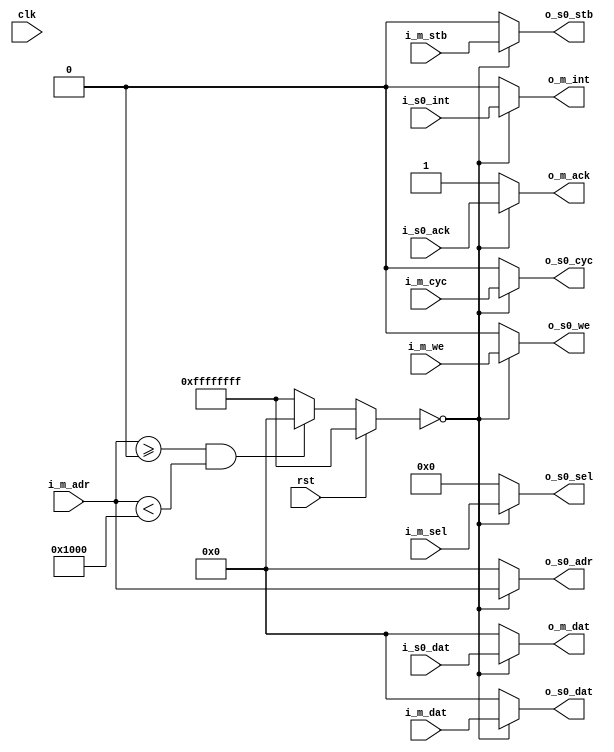
// This program was cloned from: https://github.com/CospanDesign/nysa-verilog
// License: MIT License

//wishbone_interconnect.v
/*
Distributed under the MIT licesnse.
Copyright (c) 2011 Dave McCoy (dave.mccoy@cospandesign.com)

Permission is hereby granted, free of charge, to any person obtaining a copy of
this software and associated documentation files (the "Software"), to deal in
the Software without restriction, including without limitation the rights to
use, copy, modify, merge, publish, distribute, sublicense, and/or sell copies
of the Software, and to permit persons to whom the Software is furnished to do
so, subject to the following conditions:

The above copyright notice and this permission notice shall be included in all
copies or substantial portions of the Software.

THE SOFTWARE IS PROVIDED "AS IS", WITHOUT WARRANTY OF ANY KIND, EXPRESS OR
IMPLIED, INCLUDING BUT NOT LIMITED TO THE WARRANTIES OF MERCHANTABILITY,
FITNESS FOR A PARTICULAR PURPOSE AND NONINFRINGEMENT. IN NO EVENT SHALL THE
AUTHORS OR COPYRIGHT HOLDERS BE LIABLE FOR ANY CLAIM, DAMAGES OR OTHER
LIABILITY, WHETHER IN AN ACTION OF CONTRACT, TORT OR OTHERWISE, ARISING FROM,
OUT OF OR IN CONNECTION WITH THE SOFTWARE OR THE USE OR OTHER DEALINGS IN THE
SOFTWARE.
*/


`timescale 1 ns/1 ps

module wishbone_mem_interconnect (
	clk,
	rst,

	i_m_we,
	i_m_cyc,
	i_m_stb,
	i_m_sel,
	o_m_ack,
	i_m_dat,
	o_m_dat,
	i_m_adr,
	o_m_int,

	o_s0_we,
	o_s0_cyc,
	o_s0_stb,
	o_s0_sel,
	i_s0_ack,
	o_s0_dat,
	i_s0_dat,
	o_s0_adr,
	i_s0_int


);


localparam MEM_SEL_0    = 0;
localparam MEM_OFFSET_0 = 0;
localparam MEM_SIZE_0   = 4096;


//state

//control signals
input 				      clk;
input 				      rst;

//wishbone master signals
input               i_m_we;
input               i_m_stb;
input               i_m_cyc;
input		    [3:0]   i_m_sel;
input		    [31:0]  i_m_adr;
input  		  [31:0]  i_m_dat;
output reg	[31:0]  o_m_dat;
output reg          o_m_ack;
output reg          o_m_int;


//wishbone mem signals
output              o_s0_we;
output              o_s0_cyc;
output              o_s0_stb;
output	  [3:0]     o_s0_sel;
output	  [31:0]    o_s0_adr;
output	  [31:0]    o_s0_dat;
input	    [31:0]		i_s0_dat;
input			          i_s0_ack;
input               i_s0_int;




reg [31:0] mem_select;

always @(rst or i_m_adr or mem_select) begin
	if (rst) begin
		//nothing selected
		mem_select <= 32'hFFFFFFFF;
	end
	else begin
		if ((i_m_adr >= MEM_OFFSET_0) && (i_m_adr < (MEM_OFFSET_0 + MEM_SIZE_0))) begin
			mem_select <= MEM_SEL_0;
		end
		else begin
			mem_select <= 32'hFFFFFFFF;
		end
	end
end


//data in from slave
always @ (mem_select or i_s0_dat) begin
	case (mem_select)
		MEM_SEL_0: begin
			o_m_dat <= i_s0_dat;
		end
		default: begin
			o_m_dat <= 32'h0000;
		end
	endcase
end



//ack in from slave

always @ (mem_select or i_s0_ack) begin
	case (mem_select)
		MEM_SEL_0: begin
			o_m_ack <= i_s0_ack;
		end
		default: begin
			o_m_ack <= 1'h1;
		end
	endcase
end



//int in from slave

always @ (mem_select or i_s0_int) begin
	case (mem_select)
		MEM_SEL_0: begin
			o_m_int <= i_s0_int;
		end
		default: begin
			o_m_int <= 1'h0;
		end
	endcase
end



assign o_s0_we	=	(mem_select == MEM_SEL_0) ? i_m_we: 0;
assign o_s0_stb	=	(mem_select == MEM_SEL_0) ? i_m_stb: 0;
assign o_s0_sel	=	(mem_select == MEM_SEL_0) ? i_m_sel: 0;
assign o_s0_cyc	=	(mem_select == MEM_SEL_0) ? i_m_cyc: 0;
assign o_s0_adr	=	(mem_select == MEM_SEL_0) ? i_m_adr: 0;
assign o_s0_dat	=	(mem_select == MEM_SEL_0) ? i_m_dat: 0;



endmodule